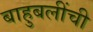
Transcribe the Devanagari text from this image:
बाहुबलींची